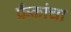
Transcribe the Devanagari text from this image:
फ्रँकांचा